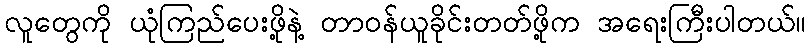
လူတွေကို ယုံကြည်ပေးဖို့နဲ့ တာဝန်ယူခိုင်းတတ်ဖို့က အရေးကြီးပါတယ်။